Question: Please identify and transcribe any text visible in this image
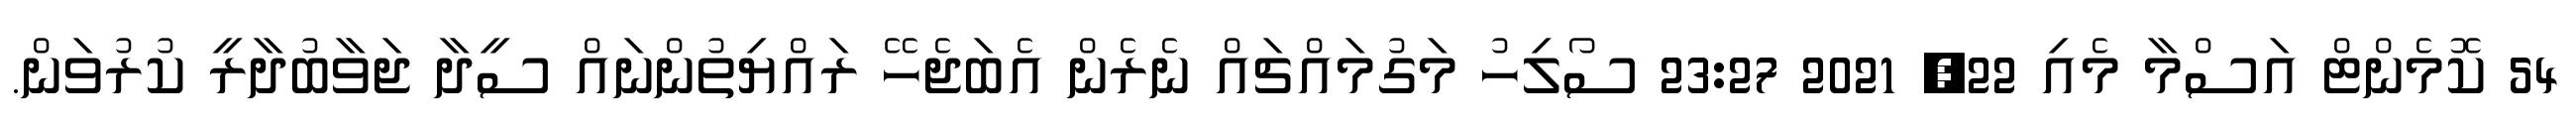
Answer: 54 ކޮމެންޓް އަސްމާ މެއި 22, 2021 23:27 ސޯލިހު މަގުމައްޗައް ނެރެން އެބަޖެހޭ ރައްޔިތުންނައް ސީދާ ޖަވާބުދާރީ ކުރުވަން.